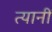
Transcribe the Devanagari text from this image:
त्यानीं